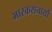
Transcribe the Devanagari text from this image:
भास्कराचार्यो